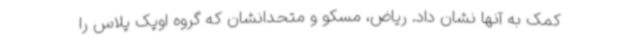
کمک به آنها نشان داد. ریاض، مسکو و متحدانشان که گروه اوپک پلاس را